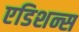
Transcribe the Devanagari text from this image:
एडिशन्स